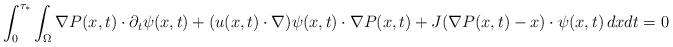
LaTeX: \begin{align*}\int_{0}^{\tau_{\ast}}\int_{\Omega}\nabla P(x, t)\cdot\partial_{t}\psi(x, t)+(u(x, t)\cdot\nabla)\psi(x, t)\cdot\nabla P(x, t)+J(\nabla P(x, t)-x)\cdot\psi(x, t)\,dxdt=0\end{align*}